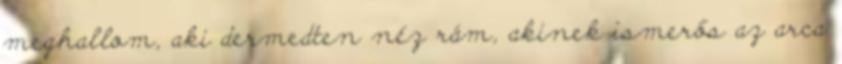
meghallom, aki dermedten néz rám, akinek ismerős az arca